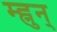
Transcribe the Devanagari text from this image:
म्ह्नुन्